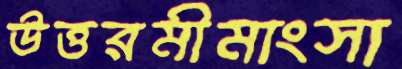
উত্তরমীমাংসা